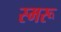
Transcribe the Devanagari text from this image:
स्मरू